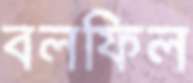
বলফিল